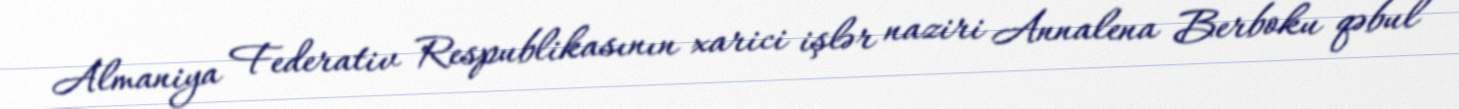
Almaniya Federativ Respublikasının xarici işlər naziri Annalena Berboku qəbul